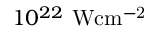
1 0 ^ { 2 2 } \mathrm { ~ W c m ^ { - 2 } }